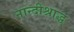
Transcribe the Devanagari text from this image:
नान्दीश्राद्ध